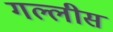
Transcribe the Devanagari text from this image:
गल्लीस